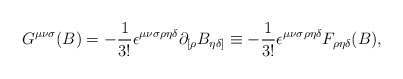
\begin{align*}G^{{\mu}{\nu}{\sigma}}(B)=-{\frac{1}{3!}}{\epsilon}^{{\mu}{\nu}{\sigma}{\rho}{\eta}{\delta}}{\partial}_{[{\rho}}B_{{\eta}{\delta}]}\equiv-{\frac{1}{3!}}{\epsilon}^{{\mu}{\nu}{\sigma}{\rho}{\eta}{\delta}}F_{{\rho}{\eta}{\delta}}(B),\end{align*}